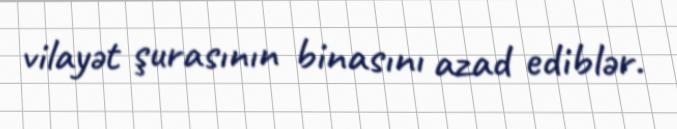
vilayət şurasının binasını azad ediblər.